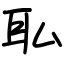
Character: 𫟉